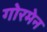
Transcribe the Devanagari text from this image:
गोरमेन